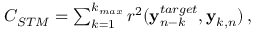
\begin{array} { r } { C _ { S T M } = \sum _ { k = 1 } ^ { k _ { m a x } } r ^ { 2 } ( { \bf y } _ { n - k } ^ { t a r g e t } , { \bf y } _ { k , n } ) \, , } \end{array}